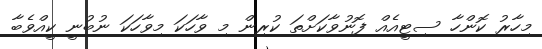
މިހާރު ކޮންހާ ސިޓީއެއް ފޮނުވާކަށްތަ ކުރިން މި ވާހަކަ މިވާހަކަ ނުބުނީ ކީއްވެބާ